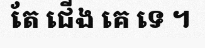
តែ ជើង គេ ទេ ។